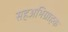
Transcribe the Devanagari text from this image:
सहअभिग्राहक